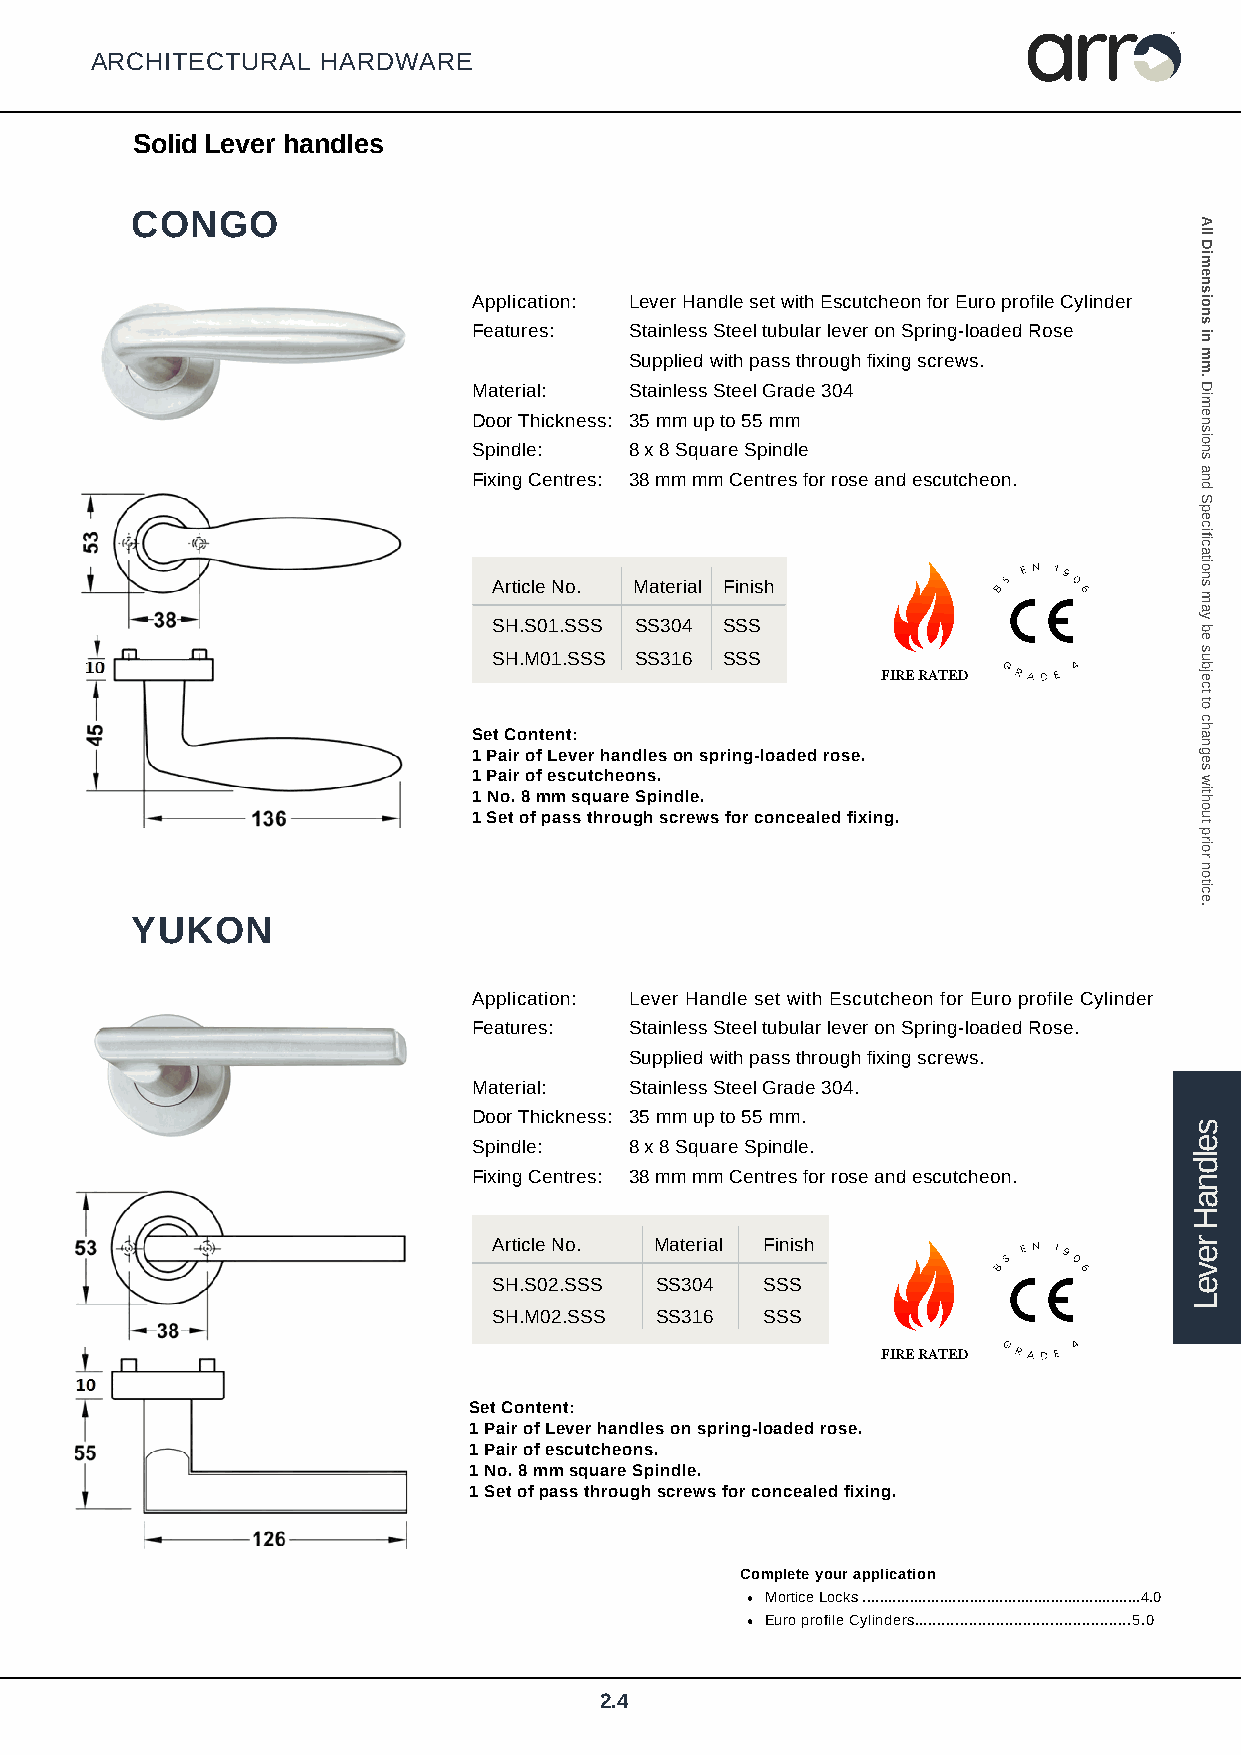
arr
 TM
 ARCHITECTURAL  HARDWARE
 Solid Lever handles
 CONGO
 Application: Lever Handle set with Escutcheon for Euro profile Cylinder
 Features:  Stainless Steel tubular lever on Spring-loaded Rose
 Supplied with pass through fixing screws.
 Material:  Stainless Steel Grade 304
 Door Thickness: 35 mm up to 55 mm
 Spindle:   8 x 8 Square Spindle
 Fixing Centres: 38 mm mm Centres for rose and escutcheon.
 Article No. Material Finish      BS
 E N 19
 0
 6
 SH.S01.SSS SS304 SSS
 SH.M01.SSS SS316 SSS
 FIRE R ATED GRAD E 4
 Set Content:
 1 Pair of Lever handles on spring-loaded rose.
 1 Pair of escutcheons.
 1 No. 8 mm square Spindle.
 1 Set of pass through screws for concealed fixing.
 YUKON
 Application: Lever Handle set with Escutcheon for Euro profile Cylinder
 Features:  Stainless Steel tubular lever on Spring-loaded Rose.
 Supplied with pass through fixing screws.
 Material:  Stainless Steel Grade 304.
 Door Thickness: 35 mm up to 55 mm.
 Spindle:   8 x 8 Square Spindle.
 Fixing Centres: 38 mm mm Centres for rose and escutcheon.
 Article No. Material Finish
 BS
 E N 19
 0
 6
 SH.S02.SSS SS304  SSS
 SH.M02.SSS SS316  SSS
 FIRE R ATED GRAD E 4
 Set Content:
 1 Pair of Lever handles on spring-loaded rose.
 1 Pair of escutcheons.
 1 No. 8 mm square Spindle.
 1 Set of pass through screws for concealed fixing.
 Complete your application
 Mortice Locks .................................................................4.0
 Euro profile Cylinders................................................5.0
 2.4
 seldnaH
 reveL
 All
 Dimensions
 in
 mm.
 Dimensions
 and
 Specifications
 may
 be
 subject
 to
 changes
 without
 prior
 notice.